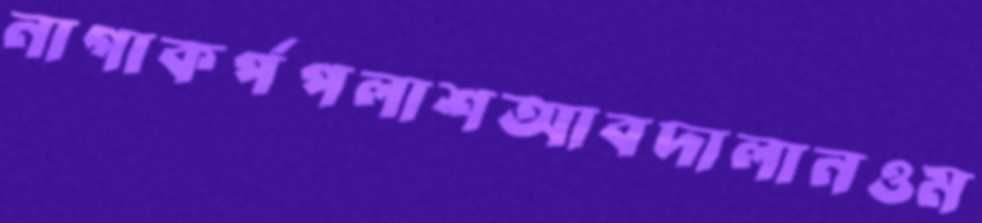
নাগাকর্পপলাশআবদালানওম